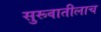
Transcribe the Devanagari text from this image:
सुरूवातीलाच